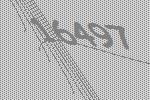
16497